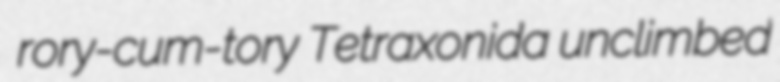
rory-cum-tory Tetraxonida unclimbed